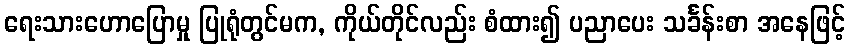
ရေးသားဟောပြောမှု ပြုရုံတွင်မက, ကိုယ်တိုင်လည်း စံထား၍ ပညာပေး သင်္ခန်းစာ အနေဖြင့်